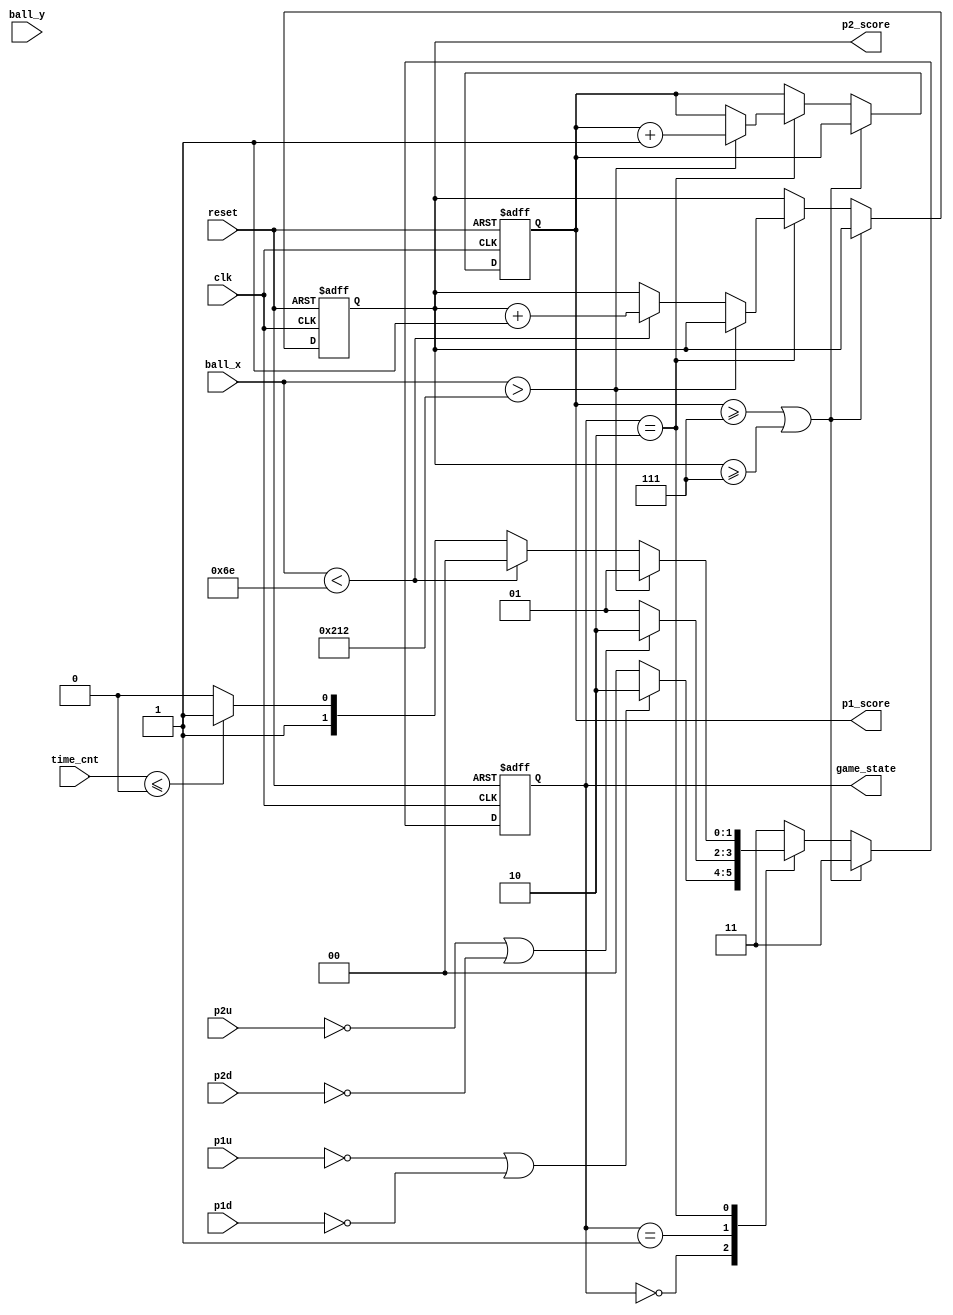
module process_next_state(clk,reset,p1u,p1d,p2u,p2d,ball_x,ball_y,time_cnt,game_state,p1_score,p2_score);
	input clk;
	input reset;
	input p1u;
	input p1d;
	input p2u;
	input p2d;
	input [9:0] ball_x,ball_y;
	input [5:0] time_cnt;
	
	output reg [1:0] game_state;
	output reg [3:0] p1_score;
	output reg [3:0] p2_score;
	
	
	parameter p1_serve = 2'd0;
	parameter p2_serve = 2'd1;
	parameter playing = 2'd2;
	parameter game_end = 2'd3;
	parameter goal_points = 4'd7;
	parameter game_times = 6'd60;
	parameter p1_board_x= 10'd110;
	parameter p2_board_x= 10'd530;
	
	always @(posedge clk or negedge reset)
	begin
		if(!reset)begin
			game_state <= p1_serve;//reset game to p1_serve
			p1_score= 4'd0;
			p2_score= 4'd0;
		end 
		else begin
			if(p1_score >= goal_points || p2_score >= goal_points)
				game_state <= game_end;
			else begin
				case(game_state)
					p1_serve: begin
						if(!p1u || !p1d) //p1 start the ball
							game_state <= playing;
						else //keep p1_sreve
							game_state <= p1_serve;
					end
					p2_serve: begin
						if(!p2u || !p2d) //p2 start the ball
							game_state <= playing;
						else //keep_p2_serve
							game_state <= p2_serve;
					end
					playing: begin
						if(ball_x>p2_board_x)//p1 goal ,from playing to p2_serve
						begin
							game_state <= p2_serve;
							p1_score <= p1_score+4'd1;
						end else if(ball_x<p1_board_x)//p2 goal ,from playing to p1_reserve
						begin
							game_state <= p1_serve;
							p2_score <= p2_score+4'd1;
						end else if(time_cnt<=0)//times out
							game_state <= game_end;
						else//keep playing
							game_state <= playing;
					end
					default: game_state <= game_end;
				endcase
			end
		end
	end
	
endmodule